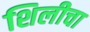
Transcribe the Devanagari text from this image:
शिलीचा